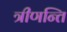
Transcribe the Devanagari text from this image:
त्रीणन्ति